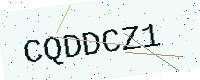
Text: CQDDCZ1